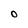
Character: O